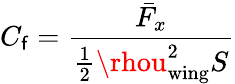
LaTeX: C_{\mathsf{f}}=\frac{{\bar{{F}}_{x}}}{{\frac{1}{2}\rhou_{\mathrm{{wing}}}^{2}S}}